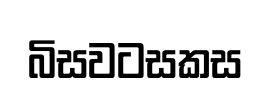
බිසවටසකස